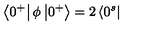
\left\langle 0 ^ { + } \right| \phi \left| 0 ^ { + } \right\rangle = 2 \left\langle 0 ^ { s } \right|